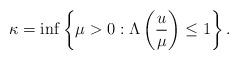
LaTeX: \begin{align*}\kappa=\inf \left\{\mu>0:\Lambda\left(\frac u \mu\right)\leq 1\right\}.\end{align*}